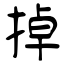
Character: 掉